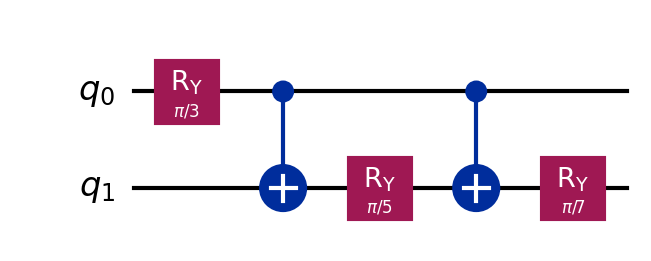
Description: Amplitude encoding via Ry-CNOT tree
描述: 通过Ry-CNOT树的振幅编码
Category: quantum_ml (difficulty: intermediate)
Qubits: 2, circuit depth: 5

Braket implementation:
import math
from braket.circuits import Circuit
circuit = Circuit()
circuit.ry(0, math.pi / 3)
circuit.cnot(0, 1)
circuit.ry(1, math.pi / 5)
circuit.cnot(0, 1)
circuit.ry(1, math.pi / 7)